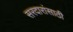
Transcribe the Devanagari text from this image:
सरदारांसाठी